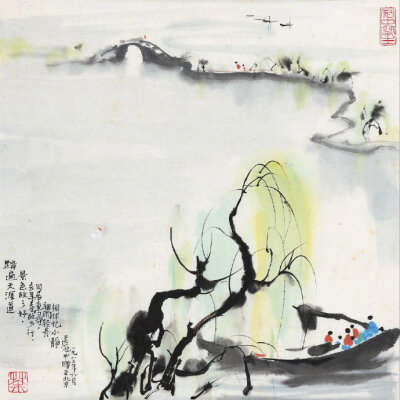
何日归家洗客袍？银字笙调，心字香烧。